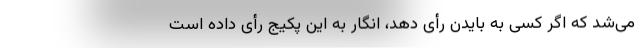
می‌شد که اگر کسی به بایدن رأی دهد، انگار به این پکیج رأی داده است